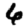
Digit: 6